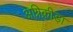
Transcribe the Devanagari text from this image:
अग्निक्रीड़ा